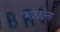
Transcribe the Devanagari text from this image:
माउंटन्ज़